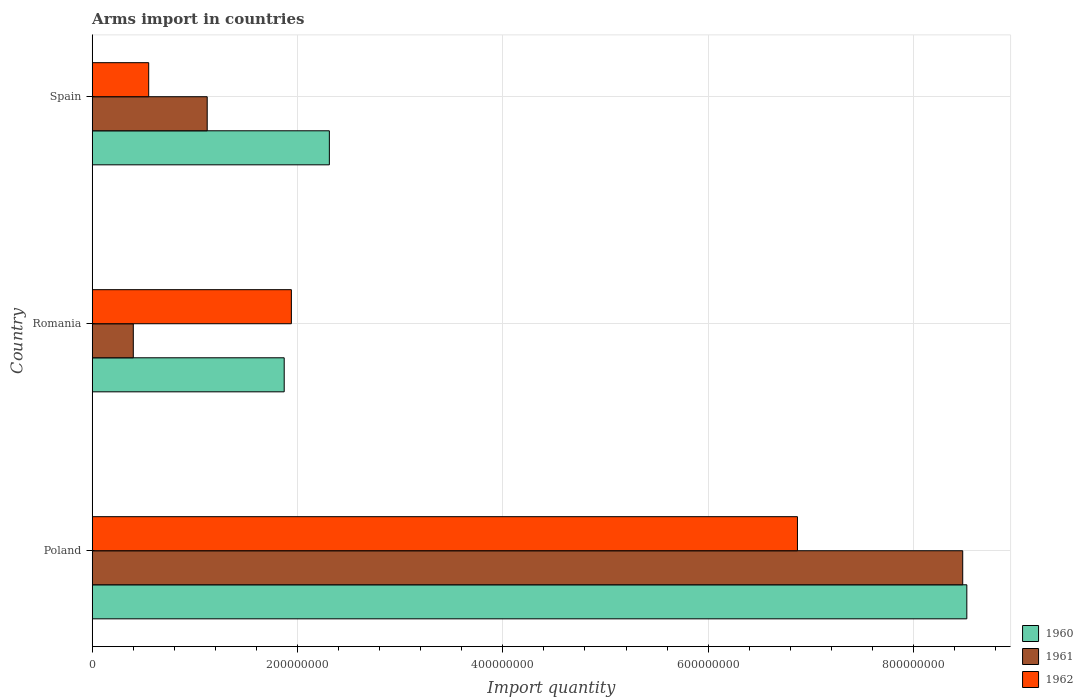
| Country | 1960 | 1961 | 1962 |
 | --- | --- | --- | --- |
 | Poland | 8.52e+08 | 8.48e+08 | 6.87e+08 |
 | Romania | 1.87e+08 | 4e+07 | 1.94e+08 |
 | Spain | 2.31e+08 | 1.12e+08 | 5.5e+07 |